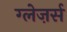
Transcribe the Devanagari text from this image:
ग्लेज़र्स